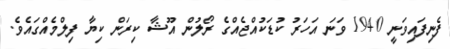
ފެނިފައިވަނީ 1940 ވަނަ އަހަރު ކުޑަކުއްޖެއްގެ ރޯލުން އޫޝާ ކިރަން ކިޔާ ފިލްމެއްގައެވެ.